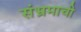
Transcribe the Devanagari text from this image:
संभ्रमाची